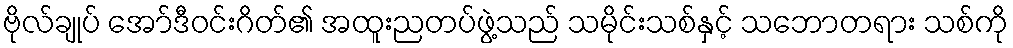
ဗိုလ်ချုပ် အော်ဒီဝင်းဂိတ်၏ အထူးညတပ်ဖွဲ့သည် သမိုင်းသစ်နှင့် သဘောတရား သစ်ကို